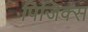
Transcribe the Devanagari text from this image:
पिजिक्स